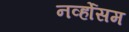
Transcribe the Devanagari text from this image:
नर्व्होसम